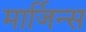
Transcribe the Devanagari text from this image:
मार्जिन्स